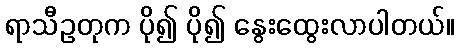
ရာသီဥတုက ပို၍ ပို၍ နွေးထွေးလာပါတယ်။